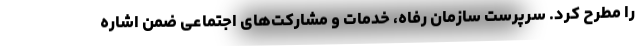
را مطرح کرد. سرپرست سازمان رفاه، خدمات و مشارکت‌های اجتماعی ضمن اشاره